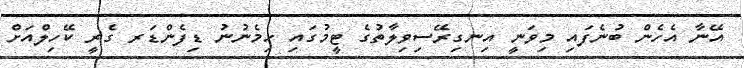
އޭނާ އެހެން ބުނެފައި މިވަނީ އިނގިރޭސިވިލާތުގެ ޓީމުގައި ހިމެނުނު ޑިފެންޑަރ ގެރީ ކޭހިލްއަށް